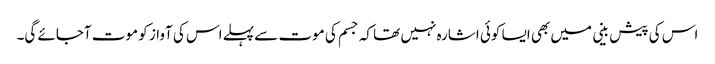
اس کی پیش بینی میں بھی ایسا کوئی اشارہ نہیں تھا کہ جسم کی موت سے پہلے اس کی آواز کو موت آجائے گی۔